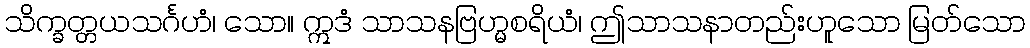
သိက္ခတ္တယသင်္ဂဟံ၊ သော။ ဣဒံ သာသနဗြဟ္မစရိယံ၊ ဤသာသနာတည်းဟူသော မြတ်သော